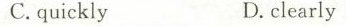
C.quickly D.clearly